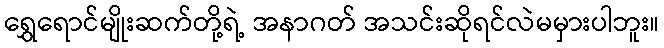
ရွှေရောင်မျိုးဆက်တို့ရဲ့ အနာဂတ် အသင်းဆိုရင်လဲမမှားပါဘူး။